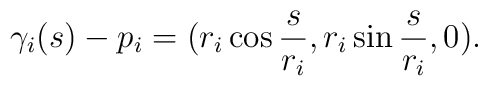
\gamma_i (s)-p_i=(r_i\cos{\frac{s}{r_i}},r_i\sin{\frac{s}{r_i}},0).